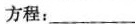
方程：___